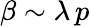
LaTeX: \beta\sim\lambda\, p